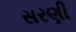
સરણી